Burma Government Medical School reports 1923-41
Year: 1923
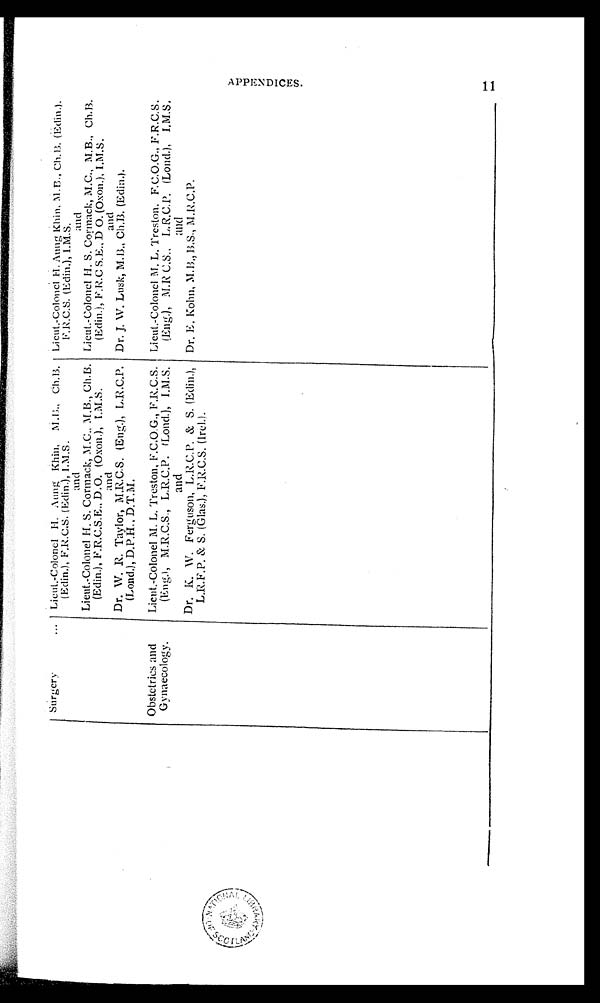
Surgery
... Lieut.-Colonel H. Aung Khin, M.B., Ch.B.
(Edin.), F.R.C.S. (Edin.), I.M.S.
and
Lieut.-Colonel H. S. Cormack, M.C., M.B., Ch.B.
(Edin.), F.R.C.S.E., D.O. (Oxon.), I.M.S.
and
Dr. W. R. Taylor, M.R.C.S. (Eng.), L.R.C.P.
(Lond.), D.P.H., D.T.M.
Lieut.-Colonel H. Aung Khin, M.B., Ch.B. (Edin.),
F.R.C.S. (Edin.), I.M.S.
and
Lieut.-Colonel H. S. Cormack, M.C., M.B., Ch.B.
(Edin.), F.R.C S.E., D O. (Oxon.), I.M.S.
and
Dr. J. W. Lusk, M.B., Ch.B. (Edin.).
Obstetrics and
Gynaecology.
Lieut.-Colonel M. L. Treston, F.C.O.G., F.R.C.S.
(Eng.), M.R.C.S., L.R.C.P. (Loud.), I.M.S.
and
Dr. K. W. Ferguson, L.R.C.P. & S. (Edin.),
L.R.F.P. & S. (Glas.), F.R.C.S. (Irel.).
Lieut.-Colonel M. L. Treston. F.C.O.G., F.R.C.S
(Eng.), M.R C.S., L.R.C.P. (Lond.), I.M.S.
and
Dr. E. Kohn, M.B., B.S., M.R.C.P.
A P P E N D I C E S . 1 1 1